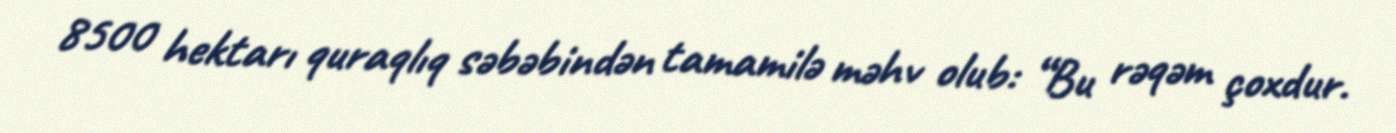
8500 hektarı quraqlıq səbəbindən tamamilə məhv olub: “Bu rəqəm çoxdur.